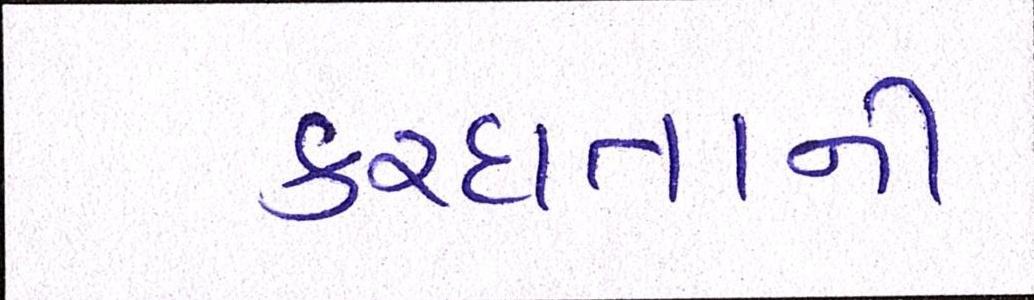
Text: કરદાતાની